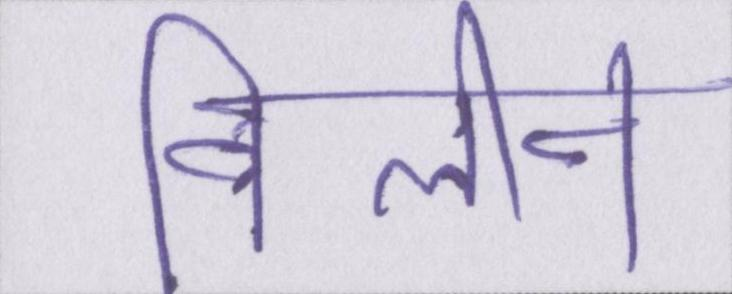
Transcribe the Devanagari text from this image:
विलीन